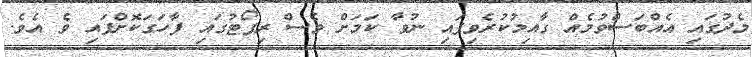
މެދުގައި އެއްބަސްވުމެއް ގާއިމުކުރެވިފައި ނުވާ ކަމަށް ވެސް ރިޕޯޓުގައި ފާހަގަކޮށްފައި ވެ އެވެ.